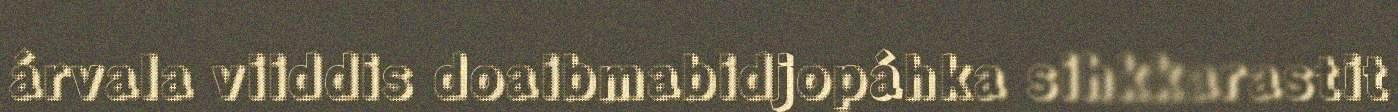
árvala viiddis doaibmabidjopáhka sihkkarastit